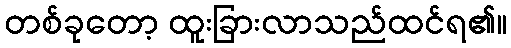
တစ်ခုတော့ ထူးခြားလာသည်ထင်ရ၏။